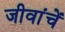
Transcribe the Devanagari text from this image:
जीवांचें